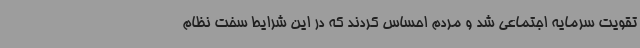
تقویت سرمایه اجتماعی شد و مردم احساس کردند که در این شرایط سخت نظام